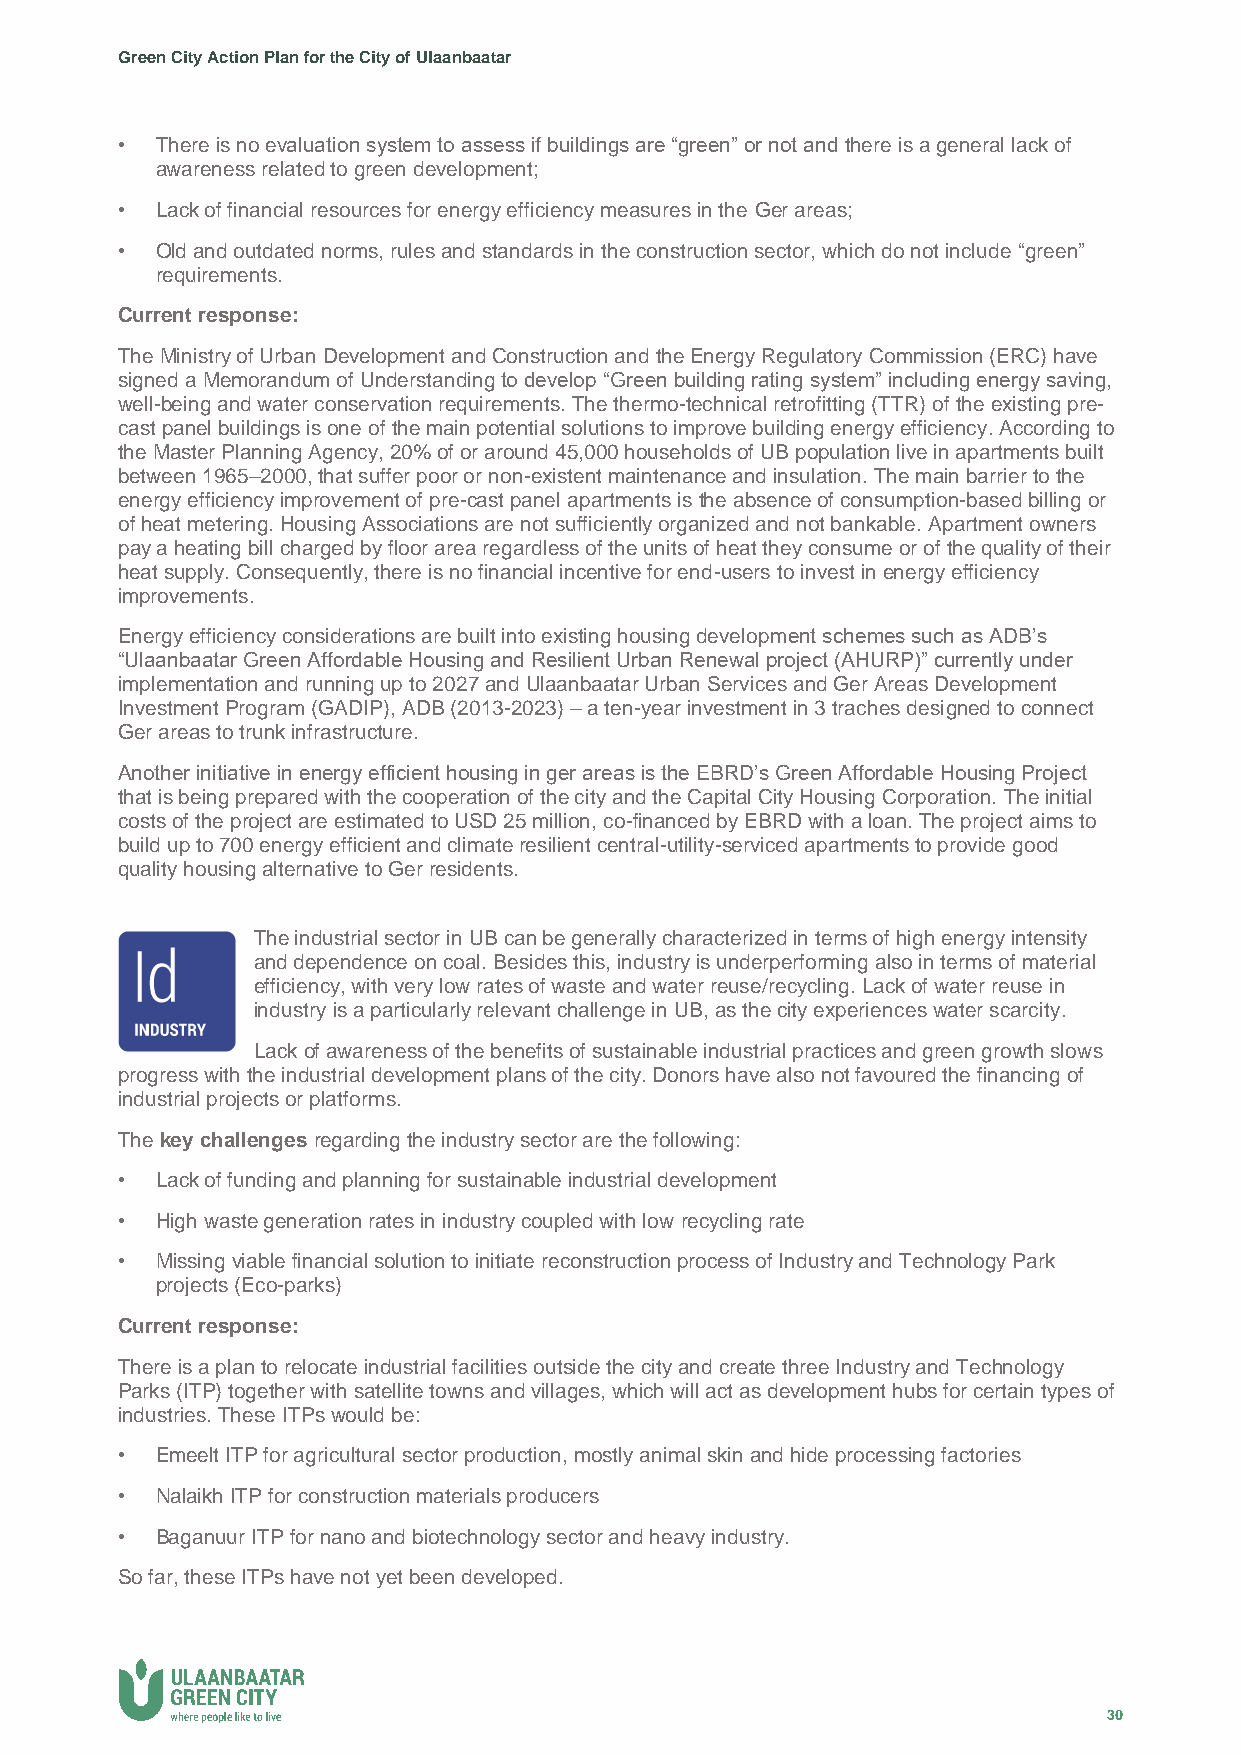
Green City Action Plan for the City of Ulaanbaatar
 • There is no evaluation system to assess if buildings are “green” or not and there is a general lack of
 awareness related to green development;
 • Lack of financial resources for energy efficiency measures in the Ger areas;
 • Old and outdated norms, rules and standards in the construction sector, which do not include “green”
 requirements.
 Current response:
 The Ministry of Urban Development and Construction and the Energy Regulatory Commission (ERC) have
 signed a Memorandum of Understanding to develop “Green building rating system” including energy saving,
 well-being and water conservation requirements. The thermo-technical retrofitting (TTR) of the existing pre-
 cast panel buildings is one of the main potential solutions to improve building energy efficiency. According to
 the Master Planning Agency, 20% of or around 45,000 households of UB population live in apartments built
 between 1965–2000, that suffer poor or non-existent maintenance and insulation. The main barrier to the
 energy efficiency improvement of pre-cast panel apartments is the absence of consumption-based billing or
 of heat metering. Housing Associations are not sufficiently organized and not bankable. Apartment owners
 pay a heating bill charged by floor area regardless of the units of heat they consume or of the quality of their
 heat supply. Consequently, there is no financial incentive for end-users to invest in energy efficiency
 improvements.
 Energy efficiency considerations are built into existing housing development schemes such as ADB’s
 “Ulaanbaatar Green Affordable Housing and Resilient Urban Renewal project (AHURP)” currently under
 implementation and running up to 2027 and Ulaanbaatar Urban Services and Ger Areas Development
 Investment Program (GADIP), ADB (2013-2023) – a ten-year investment in 3 traches designed to connect
 Ger areas to trunk infrastructure.
 Another initiative in energy efficient housing in ger areas is the EBRD’s Green Affordable Housing Project
 that is being prepared with the cooperation of the city and the Capital City Housing Corporation. The initial
 costs of the project are estimated to USD 25 million, co-financed by EBRD with a loan. The project aims to
 build up to 700 energy efficient and climate resilient central-utility-serviced apartments to provide good
 quality housing alternative to Ger residents.
 The industrial sector in UB can be generally characterized in terms of high energy intensity
 and dependence on coal. Besides this, industry is underperforming also in terms of material
 efficiency, with very low rates of waste and water reuse/recycling. Lack of water reuse in
 industry is a particularly relevant challenge in UB, as the city experiences water scarcity.
 Lack of awareness of the benefits of sustainable industrial practices and green growth slows
 progress with the industrial development plans of the city. Donors have also not favoured the financing of
 industrial projects or platforms.
 The key challenges regarding the industry sector are the following:
 • Lack of funding and planning for sustainable industrial development
 • High waste generation rates in industry coupled with low recycling rate
 • Missing viable financial solution to initiate reconstruction process of Industry and Technology Park
 projects (Eco-parks)
 Current response:
 There is a plan to relocate industrial facilities outside the city and create three Industry and Technology
 Parks (ITP) together with satellite towns and villages, which will act as development hubs for certain types of
 industries. These ITPs would be:
 • Emeelt ITP for agricultural sector production, mostly animal skin and hide processing factories
 • Nalaikh ITP for construction materials producers
 • Baganuur ITP for nano and biotechnology sector and heavy industry.
 So far, these ITPs have not yet been developed.
 30